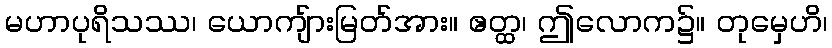
မဟာပုရိသဿ၊ ယောကျ်ားမြတ်အား။ ဧတ္ထ၊ ဤလောက၌။ တုမှေဟိ၊